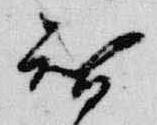
智